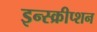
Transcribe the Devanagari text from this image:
इन्स्क्रीप्शन